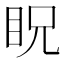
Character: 眖